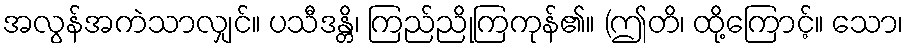
အလွန်အကဲသာလျှင်။ ပသီဒန္တိ၊ ကြည်ညိုကြကုန်၏။ (ဤတိ၊ ထို့ကြောင့်။ သော၊